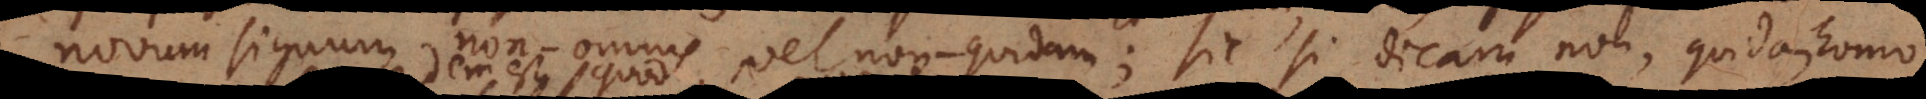
novum signum non‐omnis, vel non‐quidam; sic si dicam non, quidam homo